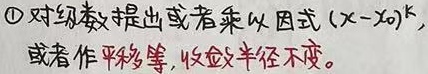
\textcircled{1}对级数提出或者乘以因式 \((x - x_0)^k\)，
或者作平移等，收敛半径不变。